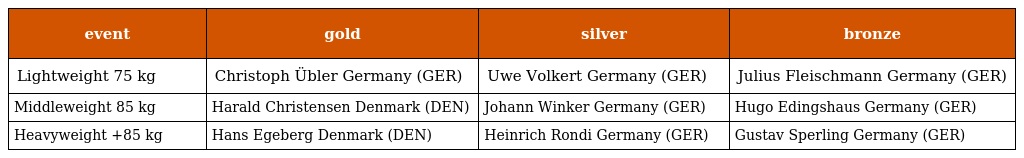
| event | gold | silver | bronze |
 | --- | --- | --- | --- |
 | Lightweight 75 kg | Christoph Übler Germany (GER) | Uwe Volkert Germany (GER) | Julius Fleischmann Germany (GER) |
 | Middleweight 85 kg | Harald Christensen Denmark (DEN) | Johann Winker Germany (GER) | Hugo Edingshaus Germany (GER) |
 | Heavyweight +85 kg | Hans Egeberg Denmark (DEN) | Heinrich Rondi Germany (GER) | Gustav Sperling Germany (GER) |